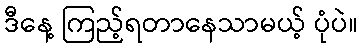
ဒီနေ့ ကြည့်ရတာနေသာမယ့် ပုံပဲ။